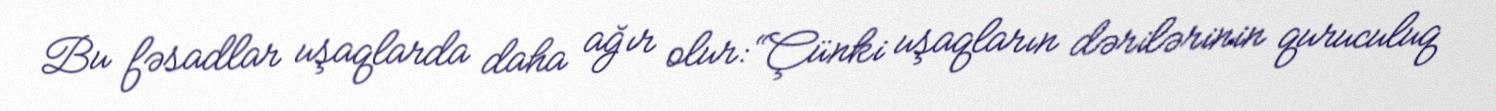
Bu fəsadlar uşaqlarda daha ağır olur: “Çünki uşaqların dərilərinin quruculuq